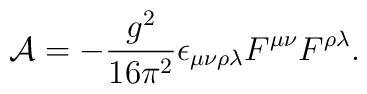
{\cal A}=-{{g^2}\over{16\pi ^2}} \epsilon _{\mu \nu \rho \lambda}F^{\mu \nu }F^{\rho \lambda }.